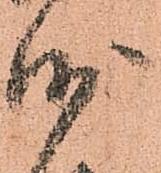
沙